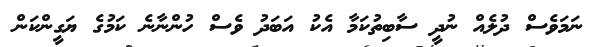
ނަމަވެސް ދުލެއް ނުދީ ސާބިތުކަމާ އެކު އަބަދު ވެސް ހުންނާނެ ކަމުގެ ޔަގީންކަން